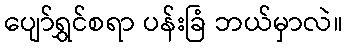
ပျော်ရွှင်စရာ ပန်းခြံ ဘယ်မှာလဲ။